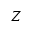
Z